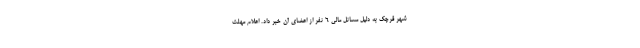
شهر قرچک به دلیل مسائل مالی ۶ نفر از اعضای آن خبر داد. اعلام مهلت